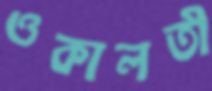
ওকালতী